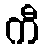
ကီ